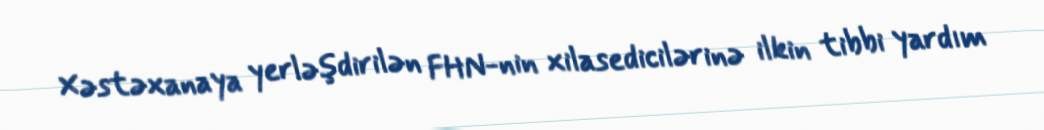
Xəstəxanaya yerləşdirilən FHN-nin xilasedicilərinə ilkin tibbi yardım